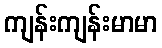
ကျန်းကျန်းမာမာ